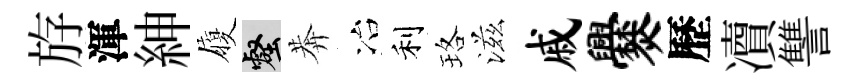
斿渾紳履壑莾冶利珞滋戚爨歷凟讐